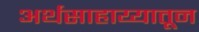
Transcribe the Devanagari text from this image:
अर्थसाहाय्यातून